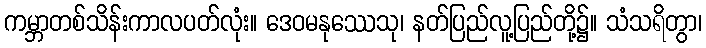
ကမ္ဘာတစ်သိန်းကာလပတ်လုံး။ ဒေဝမနုဿေသု၊ နတ်ပြည်လူ့ပြည်တို့၌။ သံသရိတွာ၊